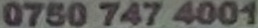
0750 747 4001